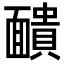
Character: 靧